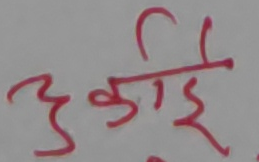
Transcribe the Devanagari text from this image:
उकाई